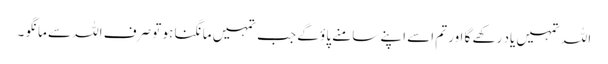
اللہ تمہیں یاد رکھے گا اور تم اسے اپنے سامنے پاؤ گے جب تمہیں مانگنا ہو تو صرف اللہ سے مانگو ۔